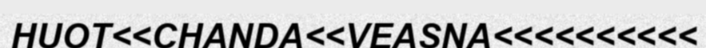
HUOT<<CHANDA<<VEASNA<<<<<<<<<<